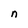
Character: n